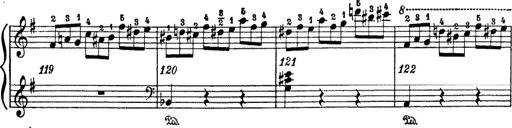
Title: 6 Polish Songs
Composer: Franz Liszt